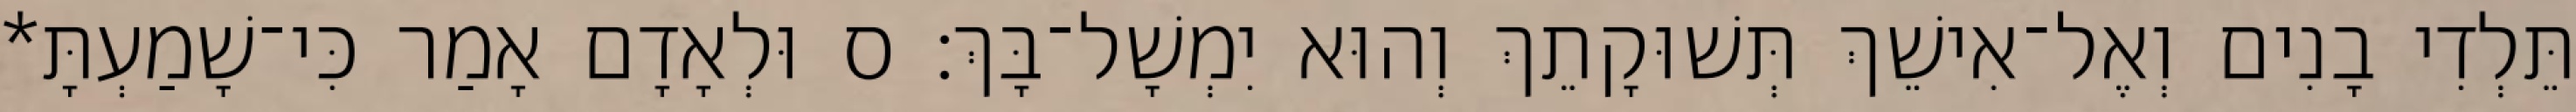
תֵּלְדִי בָנִים וְאֶל־אִישֵׁךְ תְּשׁוּקָתֵךְ וְהוּא יִמְשָׁל־בָּךְ׃ ס וּלְאָדָם אָמַר כִּי־שָׁמַעְתָּ*